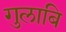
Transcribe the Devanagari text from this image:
गुलाबि